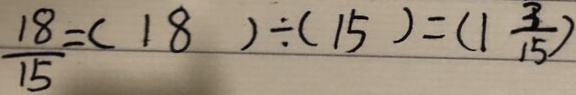
\frac { 1 8 } { 1 5 } = ( 1 8 ) \div ( 1 5 ) = ( 1 \frac { 3 } { 1 5 } )